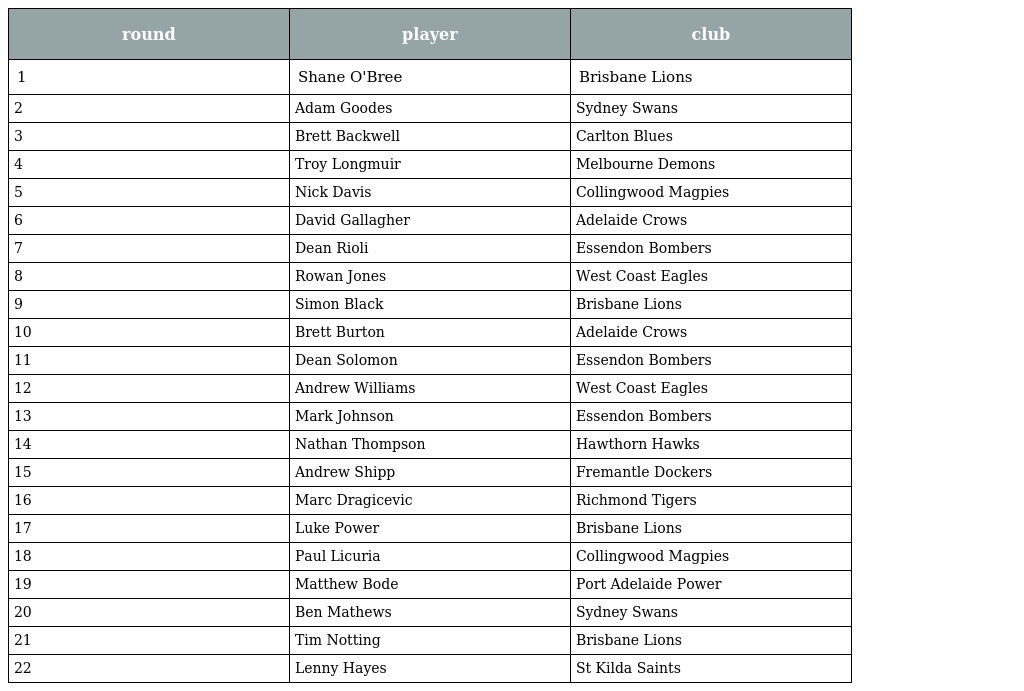
| round | player | club |
 | --- | --- | --- |
 | 1 | Shane O'Bree | Brisbane Lions |
 | 2 | Adam Goodes | Sydney Swans |
 | 3 | Brett Backwell | Carlton Blues |
 | 4 | Troy Longmuir | Melbourne Demons |
 | 5 | Nick Davis | Collingwood Magpies |
 | 6 | David Gallagher | Adelaide Crows |
 | 7 | Dean Rioli | Essendon Bombers |
 | 8 | Rowan Jones | West Coast Eagles |
 | 9 | Simon Black | Brisbane Lions |
 | 10 | Brett Burton | Adelaide Crows |
 | 11 | Dean Solomon | Essendon Bombers |
 | 12 | Andrew Williams | West Coast Eagles |
 | 13 | Mark Johnson | Essendon Bombers |
 | 14 | Nathan Thompson | Hawthorn Hawks |
 | 15 | Andrew Shipp | Fremantle Dockers |
 | 16 | Marc Dragicevic | Richmond Tigers |
 | 17 | Luke Power | Brisbane Lions |
 | 18 | Paul Licuria | Collingwood Magpies |
 | 19 | Matthew Bode | Port Adelaide Power |
 | 20 | Ben Mathews | Sydney Swans |
 | 21 | Tim Notting | Brisbane Lions |
 | 22 | Lenny Hayes | St Kilda Saints |